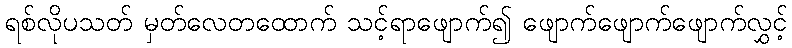
ရစ်လိုပသတ် မှတ်လေတထောက် သင့်ရာဖျောက်၍ ဖျောက်ဖျောက်ဖျောက်လွှင့်